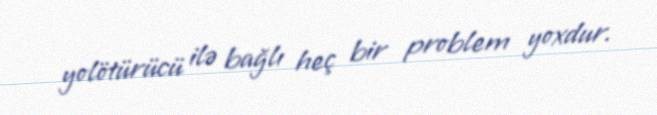
yolötürücü ilə bağlı heç bir problem yoxdur.